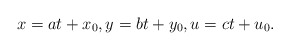
\begin{align*}x=at+x_0,y=bt+y_0,u=ct+u_0.\end{align*}